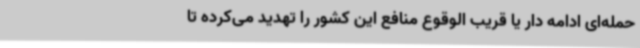
حمله‌ای ادامه دار یا قریب الوقوع منافع این کشور را تهدید می‌کرده تا